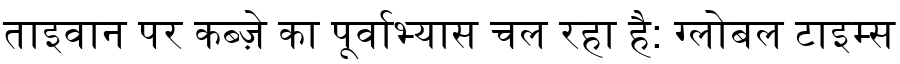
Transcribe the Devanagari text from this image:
ताइवान पर कब्ज़े का पूर्वाभ्यास चल रहा है: ग्लोबल टाइम्स